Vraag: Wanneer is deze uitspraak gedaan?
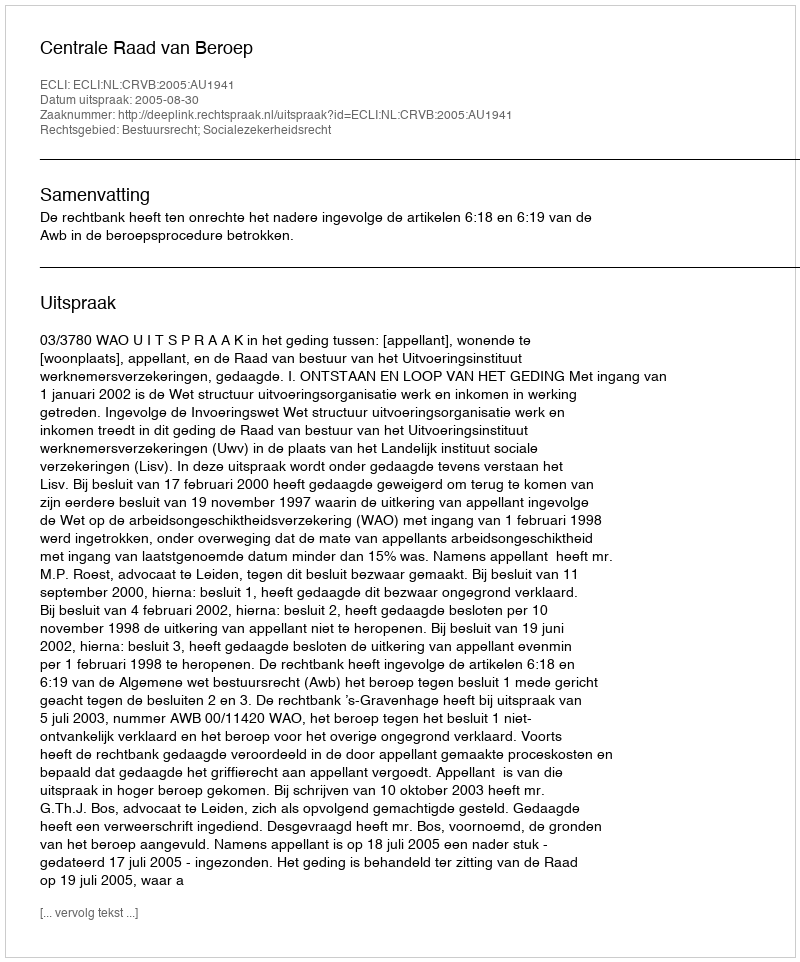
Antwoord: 2005-08-30